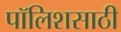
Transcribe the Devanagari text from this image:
पॉलिशसाठी